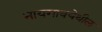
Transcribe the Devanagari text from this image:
नायगावयेथील